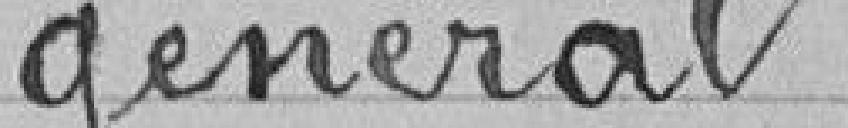
général